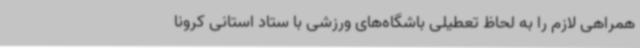
همراهی لازم را به لحاظ تعطیلی باشگاه‌های ورزشی با ستاد استانی کرونا